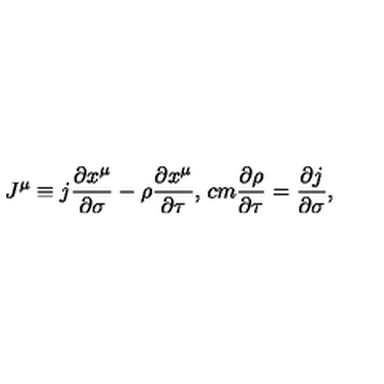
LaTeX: J ^ { \mu } \equiv j \frac { \partial x ^ { \mu } } { \partial \sigma } - \rho \frac { \partial x ^ { \mu } } { \partial \tau } , \hspace * { 1 c m } \frac { \partial \rho } { \partial \tau } = \frac { \partial j } { \partial \sigma } ,